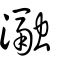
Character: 瀜